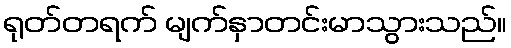
ရုတ်တရက် မျက်နှာတင်းမာသွားသည်။